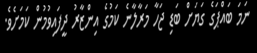
ނަމަ ބައްޕަގެ ގަޔަށް ބަޑި ޖަހާ މަރާލާނެ ކަމުގެ އިންޒާރު ދީފައިވުމުން ކަމަށެވެ.